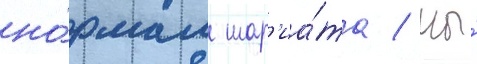
но́рмам шар'иа́та / мы́